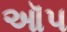
ઑપ